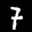
Label: 7